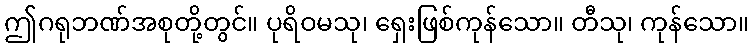
ဤဂရုဘဏ်အစုတို့တွင်။ ပုရိဝမသု၊ ရှေးဖြစ်ကုန်သော။ တီသု၊ ကုန်သော။